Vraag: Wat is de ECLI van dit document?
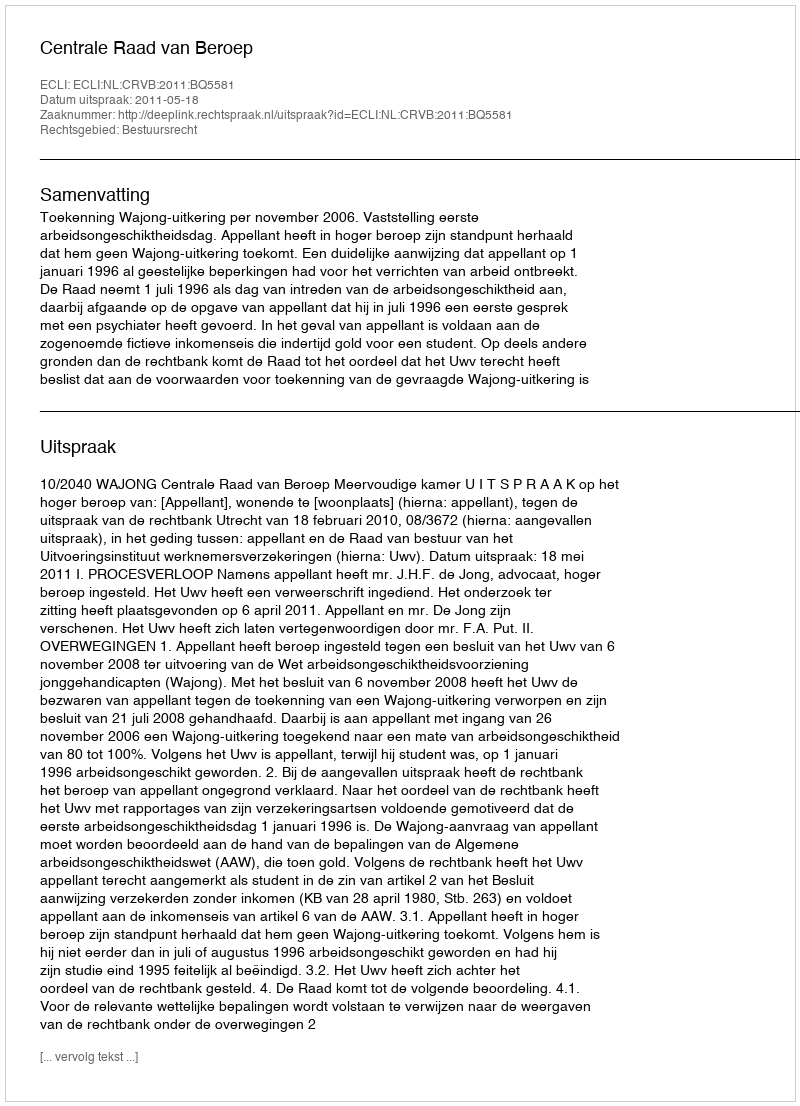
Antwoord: ECLI:NL:CRVB:2011:BQ5581